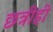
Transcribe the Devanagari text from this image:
छत्रीही